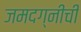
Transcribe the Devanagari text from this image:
जमदग्नीची